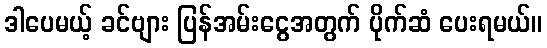
ဒါပေမယ့် ခင်ဗျား ပြန်အမ်းငွေအတွက် ပိုက်ဆံ ပေးရမယ်။